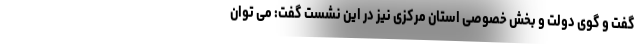
گفت و گوی دولت و بخش خصوصی استان مرکزی نیز در این نشست گفت: می توان